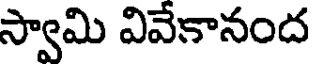
స్వామి వివేకానంద